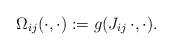
LaTeX: \begin{align*}\Omega_{ij}(\cdot,\cdot):=g(J_{ij}\,\cdot,\cdot).\end{align*}